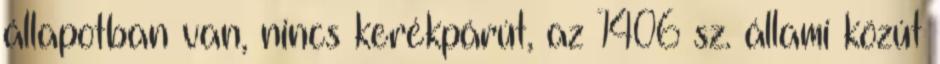
állapotban van, nincs kerékpárút, az 1406 sz. állami közút